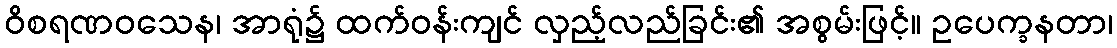
ဝိစရဏဝသေန၊ အာရုံ၌ ထက်ဝန်းကျင် လှည့်လည်ခြင်း၏ အစွမ်းဖြင့်။ ဥပေက္ခနတာ၊